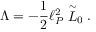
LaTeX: \Lambda = - { \frac { 1 } { 2 } } \ell _ { P } ^ { 2 } \stackrel { \sim } { \cal L } _ { 0 } .